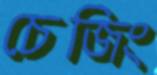
চেজিং